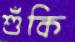
শুঁকি